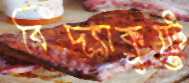
বিদ্যাকুটে